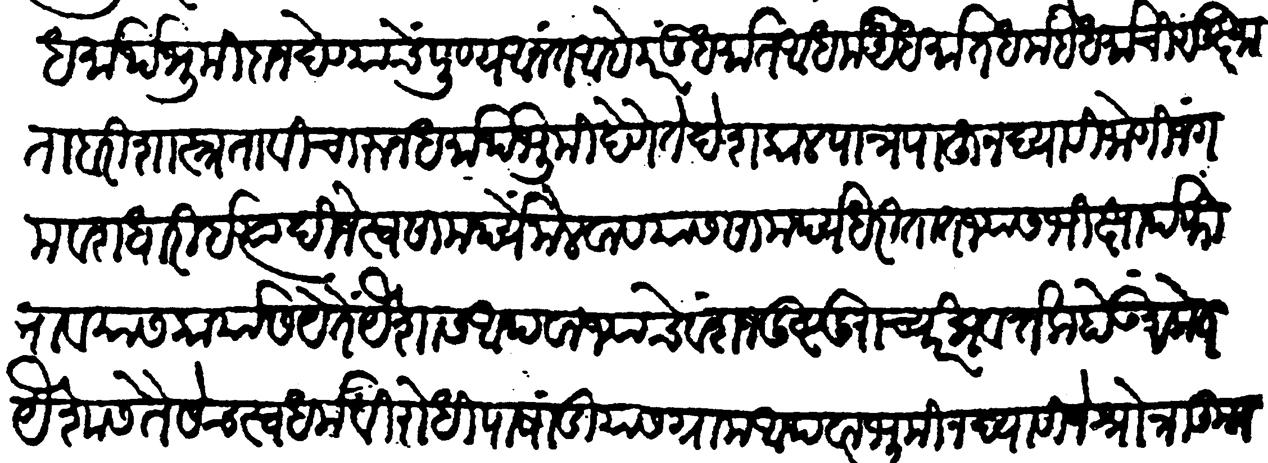
Transliteration (Devanagari): धर्मार्थ भूमिदान देण्याचे पूण्य अनंत आहे परंतू धर्मात अधर्म अधर्मात धर्म हे धर्माची सुक्ष्मता बरी शास्त्रता विचारून धर्मार्थ भूमि देणे ते देशकाल पात्र पाहून द्यावी जोगी जंगम वेशधारी इत्यादी जे स्वसामर्थ्य मेळवावयास सामर्थ्य धरितात ज्यास मिक्षार्थ फिरावयास कार्यास येते यैशास अथवा ज्याचे वंशज दुष्ट दुराचार प्रवर्तक होऊ सकेत यैशास तैसेच स्वधर्म विरोधी पाषांडी यास ग्राम अथवा भूमि न द्यावी जे श्रोत्री कुटुंबवत्सल